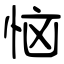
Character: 恼